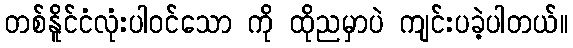
တစ်နိူင်ငံလုံးပါဝင်သော ကို ထိုညမှာပဲ ကျင်းပခဲ့ပါတယ်။